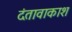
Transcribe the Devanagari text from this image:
दंतावाकाश